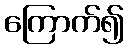
ကြောက်၍